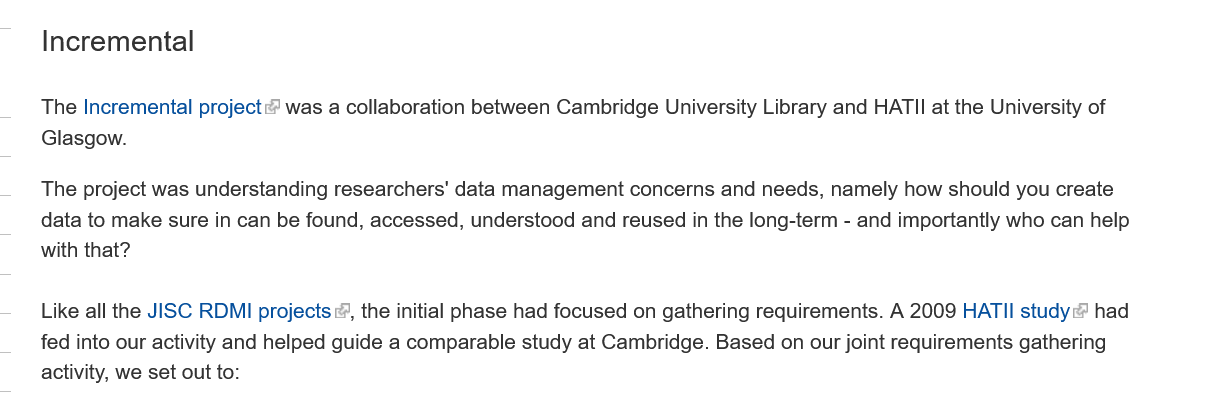
Incremental
    The Incremental project was a collaboration between Cambridge University Library and HATII at the University of
    Glasgow.
    The project was understanding researchers’ data management concerns and needs, namely how should you create
    data to make sure in can be found, accessed, understood and reused in the long-term -
     and importantly who can help
    with that?
    Like all the JISC RDMI projects «, the initial phase had focused on gathering requirements. A 2009 HATII study had
    fed into our activity and helped guide a comparable study at Cambridge. Based on our joint requirements gathering
    activity, we set out to: